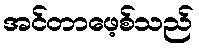
အင်တာဖေ့စ်သည်